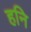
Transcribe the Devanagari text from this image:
हनि